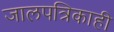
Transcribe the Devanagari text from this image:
जालपत्रिकाही